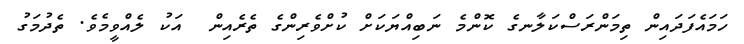
ހަމައެފަދައިން ތިމަންރަސްކަލާނގެ ކޮންމެ ނަބިއްޔަކަށް ކުށްވެރިންގެ ތެރެއިން  އަކު ލެއްވީމެވެ. ތެދުމަގު